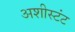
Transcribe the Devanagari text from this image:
अशीस्टंट